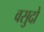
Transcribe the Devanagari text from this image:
वसुदो